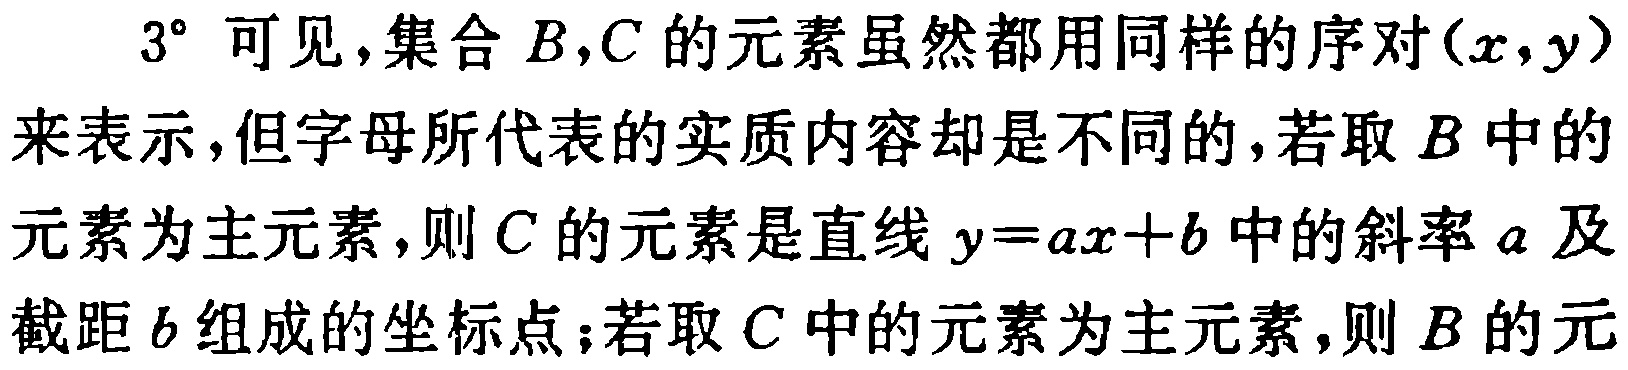
$3^{\circ}$ 可见，集合 \(B,C\) 的元素虽然都用同样的序对 \((x,y)\) 来表示，但字母所代表的实质内容却是不同的，若取 \(B\) 中的元素为主元素，则 \(C\) 的元素是直线 \(y = ax + b\) 中的斜率 \(a\) 及截距 \(b\) 组成的坐标点；若取 \(C\) 中的元素为主元素，则 \(B\) 的元